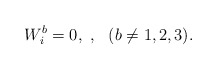
\begin{align*}W^b_i = 0, \ , \ \ (b \ne 1,2,3).\end{align*}